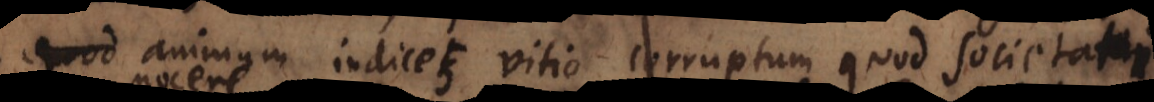
quo animum indicet vitio corruptum quod societati